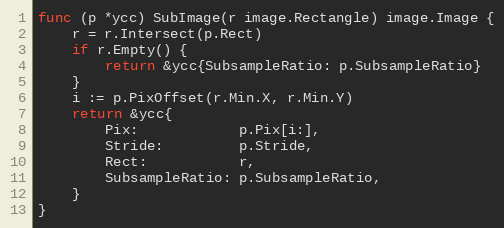
Language: Go
func (p *ycc) SubImage(r image.Rectangle) image.Image {
	r = r.Intersect(p.Rect)
	if r.Empty() {
		return &ycc{SubsampleRatio: p.SubsampleRatio}
	}
	i := p.PixOffset(r.Min.X, r.Min.Y)
	return &ycc{
		Pix:            p.Pix[i:],
		Stride:         p.Stride,
		Rect:           r,
		SubsampleRatio: p.SubsampleRatio,
	}
}